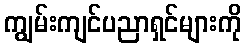
ကျွမ်းကျင်ပညာရှင်များကို